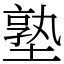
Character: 塾